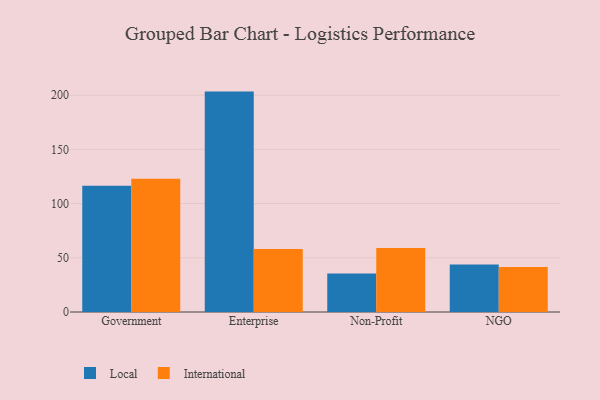
{"axis": {"x": "Segment", "y": "Waste Production (Tons)"}, "legend": ["International", "Local"], "data": [{"x": "Government", "y": 116.4, "type": "Local"}, {"x": "Government", "y": 123.0, "type": "International"}, {"x": "Enterprise", "y": 203.3, "type": "Local"}, {"x": "Enterprise", "y": 58.0, "type": "International"}, {"x": "Non-Profit", "y": 35.4, "type": "Local"}, {"x": "Non-Profit", "y": 59.1, "type": "International"}, {"x": "NGO", "y": 43.8, "type": "Local"}, {"x": "NGO", "y": 41.4, "type": "International"}]}